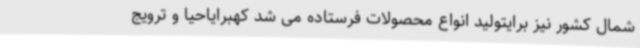
شمال کشور نیز برایتولید انواع محصولات فرستاده می شد کهبرایاحیا و ترویج